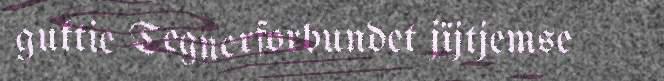
guktie Tegnerforbundet jïjtjemse